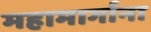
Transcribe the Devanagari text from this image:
महामार्गाना